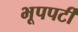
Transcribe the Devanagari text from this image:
भूपपर्टी